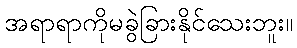
အရာရာကိုမခွဲခြားနိုင်သေးဘူး။